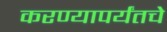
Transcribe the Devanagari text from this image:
करण्यापर्यंतचे